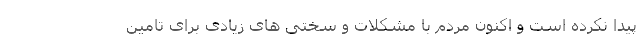
پیدا نکرده است و اکنون مردم با مشکلات و سختی های زیادی برای تامین